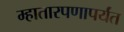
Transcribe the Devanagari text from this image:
म्हातारपणापर्यंत